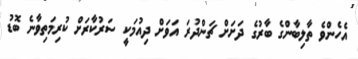
އެހެންވެ ތާލިބާންގެ ބާރުގެ ދަށަށް ޗަންދުރަ އަވަށް ދިއުމަކީ ސަރުކާރަށް ކުރިމަތިވާނެ ބޮޑު